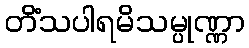
တိံသပါရမိသမ္ပုဏ္ဏာ